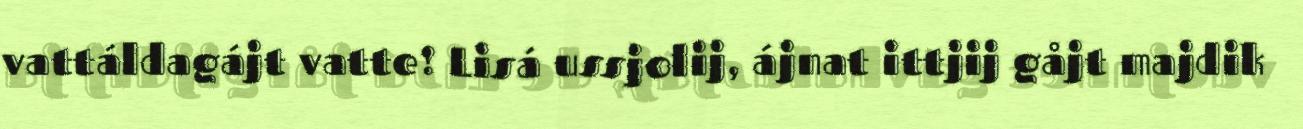
vattáldagájt vatte! Lisá ussjolij, ájnat ittjij gåjt majdik